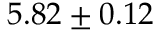
5 . 8 2 \pm 0 . 1 2